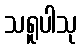
သရူပါသု